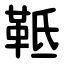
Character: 䩚